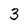
Character: 3